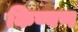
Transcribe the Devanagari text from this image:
किण्वण